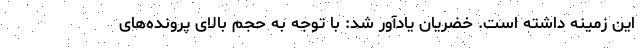
این زمینه داشته است. خضریان یادآور شد: با توجه به حجم بالای پرونده‌های